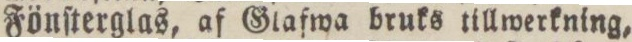
Fönſterglas, af Glafwa bruks tillwerkning,